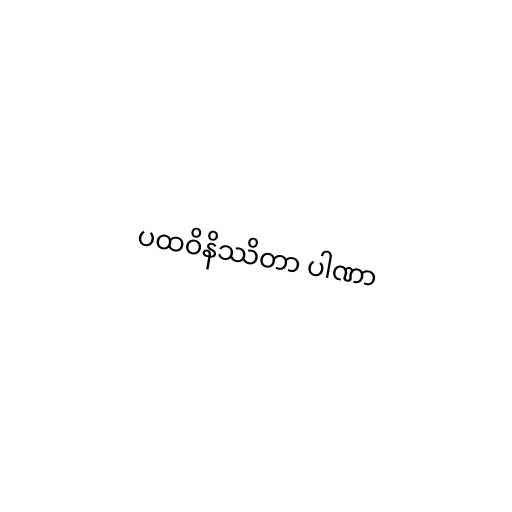
ပထဝိနိဿိတာ ပါဏာ